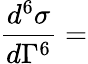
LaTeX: {\frac{d^{6}\sigma}{d\Gamma^{6}}}=